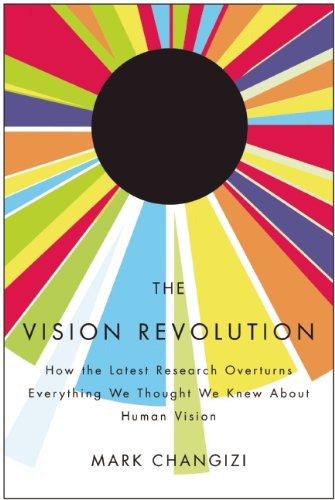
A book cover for The Vision Revolution: How the Latest Research Overturns Everything We Thought We Knew About Human Vision; Mark Changizi; Health, Fitness & Dieting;